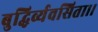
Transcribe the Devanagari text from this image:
बुद्धिर्व्यवसिता।।